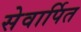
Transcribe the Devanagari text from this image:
सेवार्पित